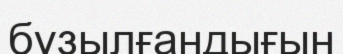
бұзылғандығын